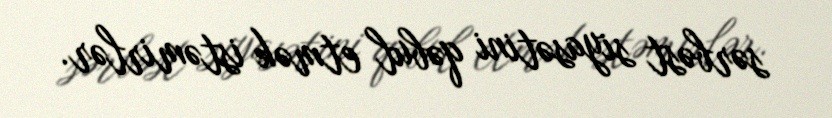
sərbəst siyasətini qəbul etmək istəmirlər.